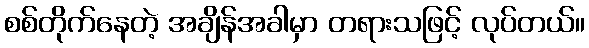
စစ်တိုက်နေတဲ့ အချိန်အခါမှာ တရားသဖြင့် လုပ်တယ်။